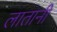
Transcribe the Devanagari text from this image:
लातानी